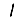
Digit: 1